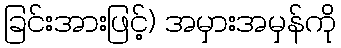
ခြင်းအားဖြင့်) အမှားအမှန်ကို